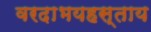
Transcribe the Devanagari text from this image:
वरदाभयहस्ताय